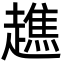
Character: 趭